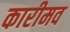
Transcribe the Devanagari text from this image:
कारीमव